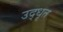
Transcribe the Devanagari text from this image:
उद्‍धृत